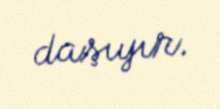
daşıyır.